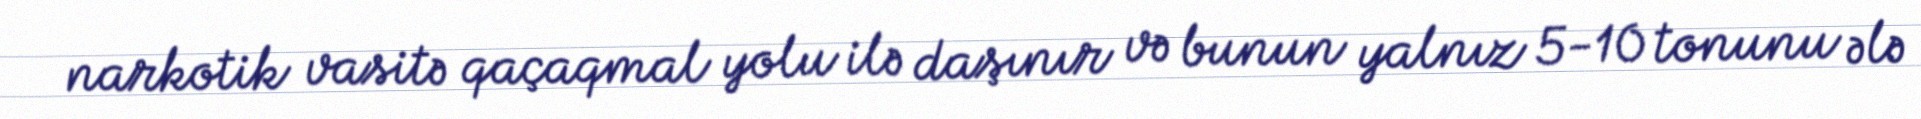
narkotik vasitə qaçaqmal yolu ilə daşınır və bunun yalnız 5-10 tonunu ələ